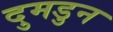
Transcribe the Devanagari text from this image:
दुमडुन